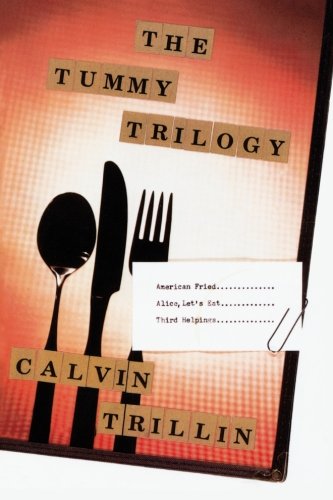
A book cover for The Tummy Trilogy; Calvin Trillin; Humor & Entertainment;